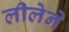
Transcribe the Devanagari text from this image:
लीलेने